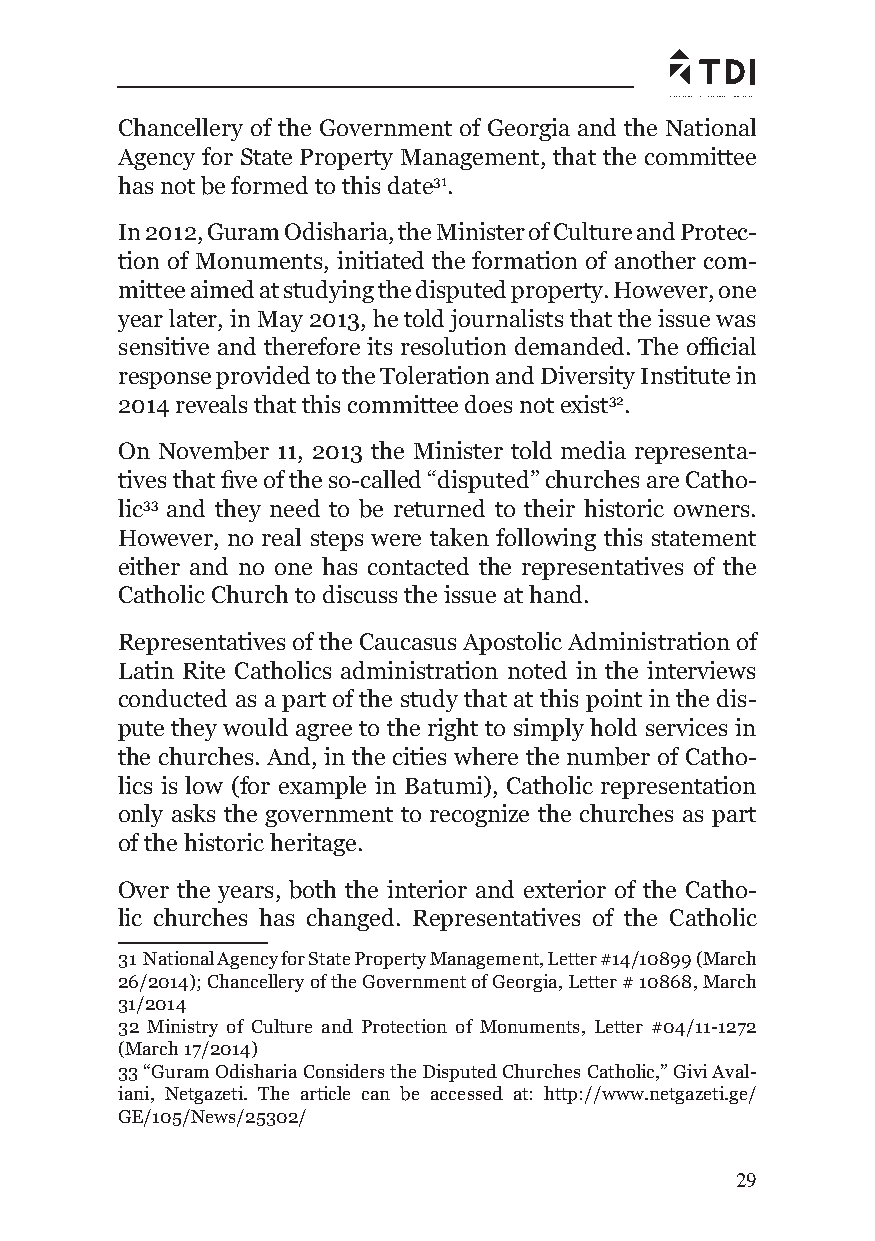
Chancellery of the Government of Georgia and the National
 Agency for State Property Management, that the committee
 has not be formed to this date31.
 In 2012, Guram Odisharia, the Minister of Culture and Protec-
 tion of Monuments, initiated the formation of another com-
 mittee aimed at studying the disputed property. Howe ver, one
 year later, in May 2013, he told journalists that the issue was
 sensitive and therefore its resolution demanded. The offi cial
 response provided to the Toleration and Diversity Institute in
 2014 reveals that this committee does not exist32.
 On November 11, 2013 the Minister told media representa-
 tives that fi ve of the so-called “disputed” churches are Catho-
 lic33 and they need to be returned to their historic owners.
 However, no real steps were taken following this statement
 either and no one has contacted the representatives of the
 Catholic Church to discuss the issue at hand.
 Representatives of the Caucasus Apostolic Administration of
 Latin Rite Catholics administration noted in the interviews
 conducted as a part of the study that at this point in the dis-
 pute they would agree to the right to simply hold services in
 the churches. And, in the cities where the number of Catho-
 lics is low (for example in Batumi), Catholic representation
 only asks the government to recognize the churches as part
 of the historic heritage.
 Over the years, both the interior and exterior of the Catho-
 lic churches has changed. Representatives of the Catholic
 31 National Agency for State Property Management, Letter #14/10899 (March
 26/2014); Chancellery of the Government of Georgia, Letter # 10868, March
 31/2014
 32 Ministry of Culture and Protection of Monuments, Letter #04/11-1272
 (March 17/2014)
 33 “Guram Odisharia Considers the Disputed Churches Catholic,” Givi Aval-
 iani, Netgazeti. The article can be accessed at: http://www.netgazeti.ge/
 GE/105/News/25302/
 29